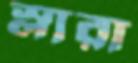
স্লারা